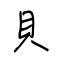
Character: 貝